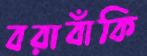
বরাবাঁকি